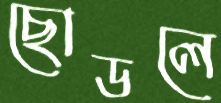
ছোডলে